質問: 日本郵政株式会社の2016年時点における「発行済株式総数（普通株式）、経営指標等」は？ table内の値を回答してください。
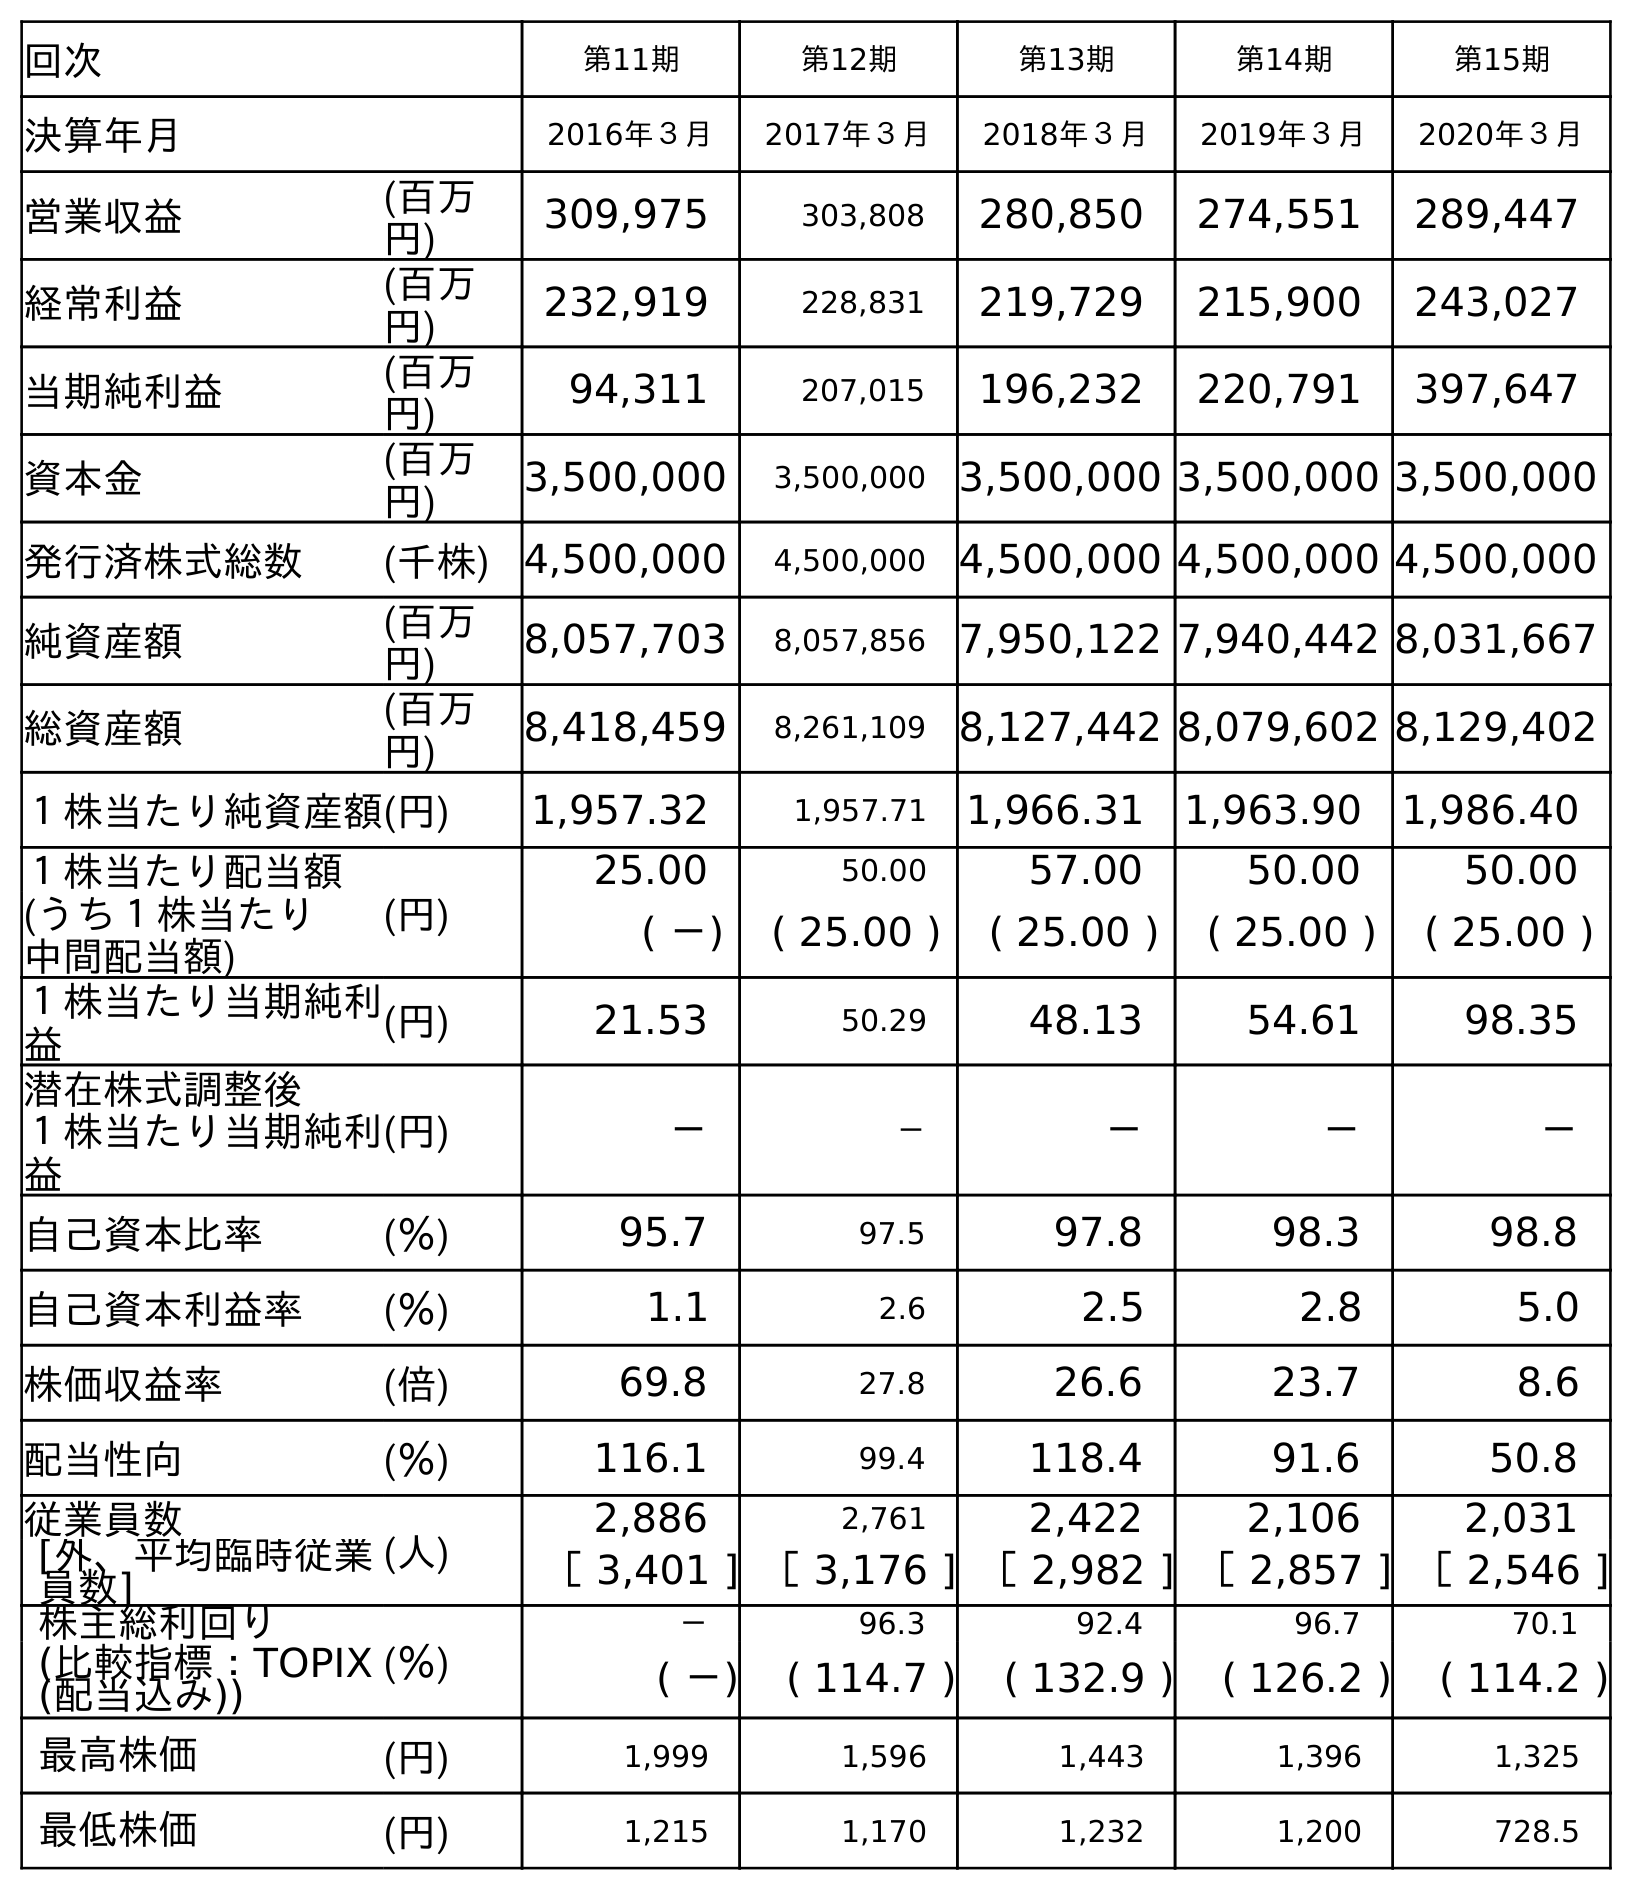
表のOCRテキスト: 回次 第11期 第12期 第13期 第14期 第15期 決算年月 2016年３月 2017年３月 2018年３月 2019年３月 2020年３月 営業収益 (百万 円) 309,975 303,808 280,850 274,551 289,447 経常利益 (百万 円) 232,919 228,831 219,729 215,900 243,027 当期純利益 (百万 円) 94,311 207,015 196,232 220,791 397,647 資本金 (百万 円) 3,500,000 3,500,000 3,500,000 3,500,000 3,500,000 発行済株式総数 (千株) 4,500,000 4,500,000 4,500,000 4,500,000 4,500,000 純資産額 (百万 円) 8,057,703 8,057,856 7,950,122 7,940,442 8,031,667 総資産額 (百万 円) 8,418,459 8,261,109 8,127,442 8,079,602 8,129,402 １株当たり純資産額(円) 1,957.32 1,957.71 1,966.31 1,963.90 1,986.40 １株当たり配当額 (円) 25.00 50.00 57.00 50.00 50.00 (うち１株当たり 中間配当額) ( －) ( 25.00 ) ( 25.00 ) ( 25.00 ) ( 25.00 ) １株当たり当期純利 益 (円) 21.53 50.29 48.13 54.61 98.35 潜在株式調整後 １株当たり当期純利 益 (円) － － － － － 自己資本比率 (％) 95.7 97.5 97.8 98.3 98.8 自己資本利益率 (％) 1.1 2.6 2.5 2.8 5.0 株価収益率 (倍) 69.8 27.8 26.6 23.7 8.6 配当性向 (％) 116.1 99.4 118.4 91.6 50.8 従業員数 (人) 2,886 2,761 2,422 2,106 2,031 [外、平均臨時従業 員数] ［ 3,401 ] ［ 3,176 ] ［ 2,982 ] ［ 2,857 ] ［ 2,546 ] 株主総利回り (％) － 96.3 92.4 96.7 70.1 (比較指標：TOPIX (配当込み)) ( －) ( 114.7 ) ( 132.9 ) ( 126.2 ) ( 114.2 ) 最高株価 (円) 1,999 1,596 1,443 1,396 1,325 最低株価 (円) 1,215 1,170 1,232 1,200 728.5
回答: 4,500,000